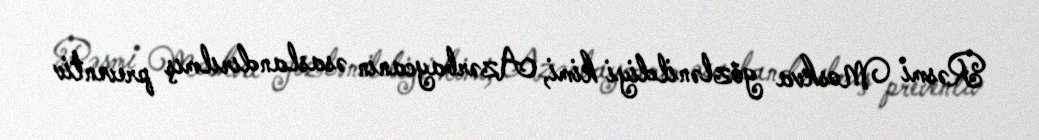
Rəsmi Moskva gözlənildiyi kimi, Azərbaycanın əsaslandırılmış preventiv